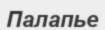
Палапье